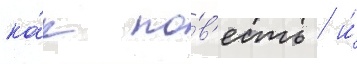
ка́к по́в'есть / и́